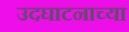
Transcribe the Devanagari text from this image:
उदघाटनाच्या